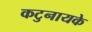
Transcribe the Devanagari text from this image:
कटुनायके